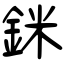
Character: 銤